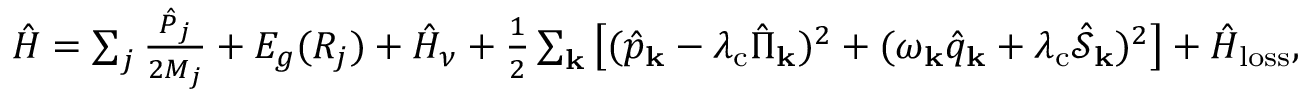
\begin{array} { r } { \hat { H } = \sum _ { j } \frac { \hat { P } _ { j } } { 2 M _ { j } } + E _ { g } ( R _ { j } ) + \hat { H } _ { \nu } + \frac { 1 } { 2 } \sum _ { \mathbf { k } } \left[ ( \hat { p } _ { \bf k } - \lambda _ { \mathrm { c } } \hat { \Pi } _ { \mathbf { k } } ) ^ { 2 } + ( \omega _ { \bf k } \hat { q } _ { \bf k } + \lambda _ { \mathrm { c } } \hat { \mathcal { S } } _ { \mathbf { k } } ) ^ { 2 } \right] + \hat { H } _ { \mathrm { l o s s } } , } \end{array}